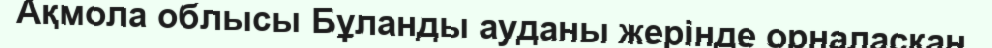
Ақмола облысы Бұланды ауданы жерінде орналасқан.